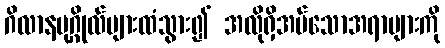
ဂိလာနပုဂ္ဂိုလ်များထံသွား၍ အလိုရှိအပ်သောအရာများကို